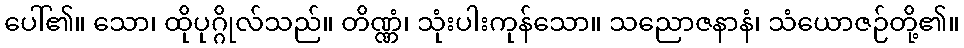
ပေါ်၏။ သော၊ ထိုပုဂ္ဂိုလ်သည်။ တိဏ္ဏံ၊ သုံးပါးကုန်သော။ သညောဇနာနံ၊ သံယောဇဉ်တို့၏။